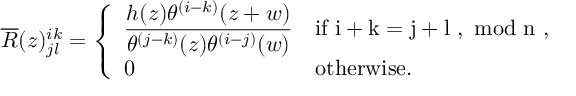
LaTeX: \overline { { { R } } } ( z ) _ { j l } ^ { i k } = \left\{ \begin{array} { l l } { { \displaystyle \frac { h ( z ) \theta ^ { ( i - k ) } ( z + w ) } { \theta ^ { ( j - k ) } ( z ) \theta ^ { ( i - j ) } ( w ) } } } & { { \mathrm { i f ~ i + k = j + l ~ , ~ m o d ~ n ~ , } } } \\ { { 0 } } & { { \mathrm { o t h e r w i s e . } } } \end{array} \right.